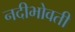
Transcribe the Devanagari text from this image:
नदीभोवती